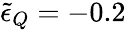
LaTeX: \tilde{\epsilon}_{Q}=-0.2